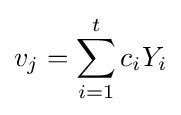
v_{j}=\sum _{i=1}^{t}c_{i}Y_{i}